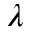
\lambda